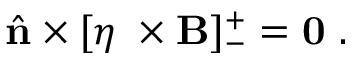
\hat { \mathbf { n } } \times [ \eta \mathbf { \nabla } \times \mathbf { B } ] _ { - } ^ { + } = \mathbf { 0 } ~ .